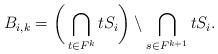
LaTeX: \begin{align*}B_{i,k} = \bigg(\bigcap_{t\in F^k} tS_i \bigg)\setminus\bigcap_{s\in F^{k+1}} tS_i . \end{align*}